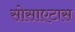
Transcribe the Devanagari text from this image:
सोसाएटास